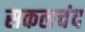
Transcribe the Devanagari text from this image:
सकलचंद